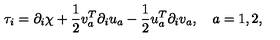
\tau _ { i } = \partial _ { i } \chi + \frac 1 2 v _ { a } ^ { T } \partial _ { i } u _ { a } - \frac 1 2 u _ { a } ^ { T } \partial _ { i } v _ { a } , \quad a = 1 , 2 ,